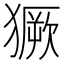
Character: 獗